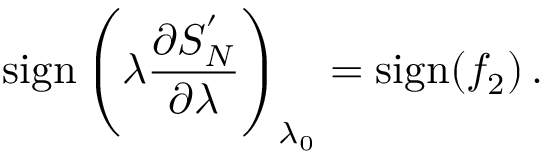
\mathrm { s i g n } \left( \lambda { \frac { \partial S _ { N } ^ { ' } } { \partial \lambda } } \right) _ { \lambda _ { 0 } } = \mathrm { s i g n } ( f _ { 2 } ) \, .